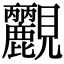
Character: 𧢮